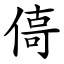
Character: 㑸